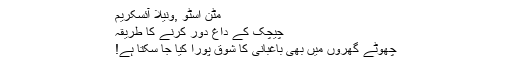
مٹن اسٹو ,ونیلا آئسکریم
چیچک کے داغ دور کرنے کا طریقہ
چھوٹے گھروں میں بھی باغبانی کا شوق پورا کیا جا سکتا ہے!